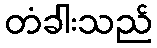
တံခါးသည်